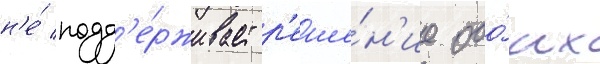
н'е́ подд'е́рживает р'еше́н'ие обо́их